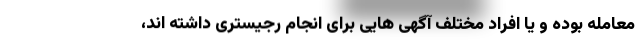
معامله بوده و یا افراد مختلف آگهی هایی برای انجام رجیستری داشته اند،